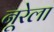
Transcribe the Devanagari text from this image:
नूरेला